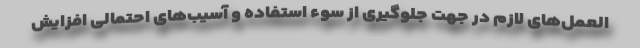
العمل‌های لازم در جهت جلوگیری از سوء استفاده و آسیب‌های احتمالی افزایش